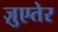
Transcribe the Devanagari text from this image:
ज़ुएतेर